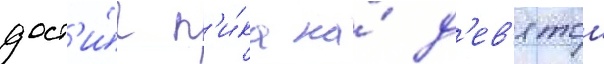
дост'и́г п'и́ка на́ д'ев'ятои